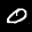
Label: 0